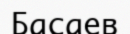
Басаев